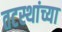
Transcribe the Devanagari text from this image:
तटस्थांच्या